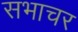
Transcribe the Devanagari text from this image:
सभाचर